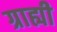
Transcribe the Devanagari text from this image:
ग्राह्यी